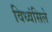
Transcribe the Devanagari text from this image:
विध्वंसिले